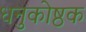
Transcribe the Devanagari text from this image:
धनुकोष्ठक